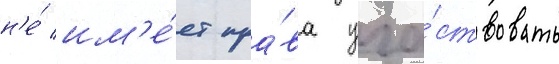
н'е́ им'е́ет пра́ва уча́ствовать